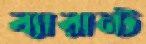
ব্যারান্ট